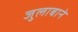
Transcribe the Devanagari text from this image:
जुलाबाने